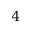
4